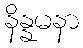
နိန္နမနာ